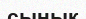
сынык